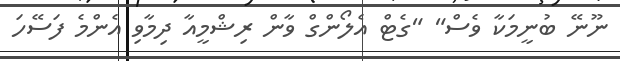
ނޫނޭ ބުނީމަކާ ވެސް" "ގެޓް އެލޯންގް ވާން ރިޝްމީއާ ދިމާވި އެންމެ ފަސޭހަ